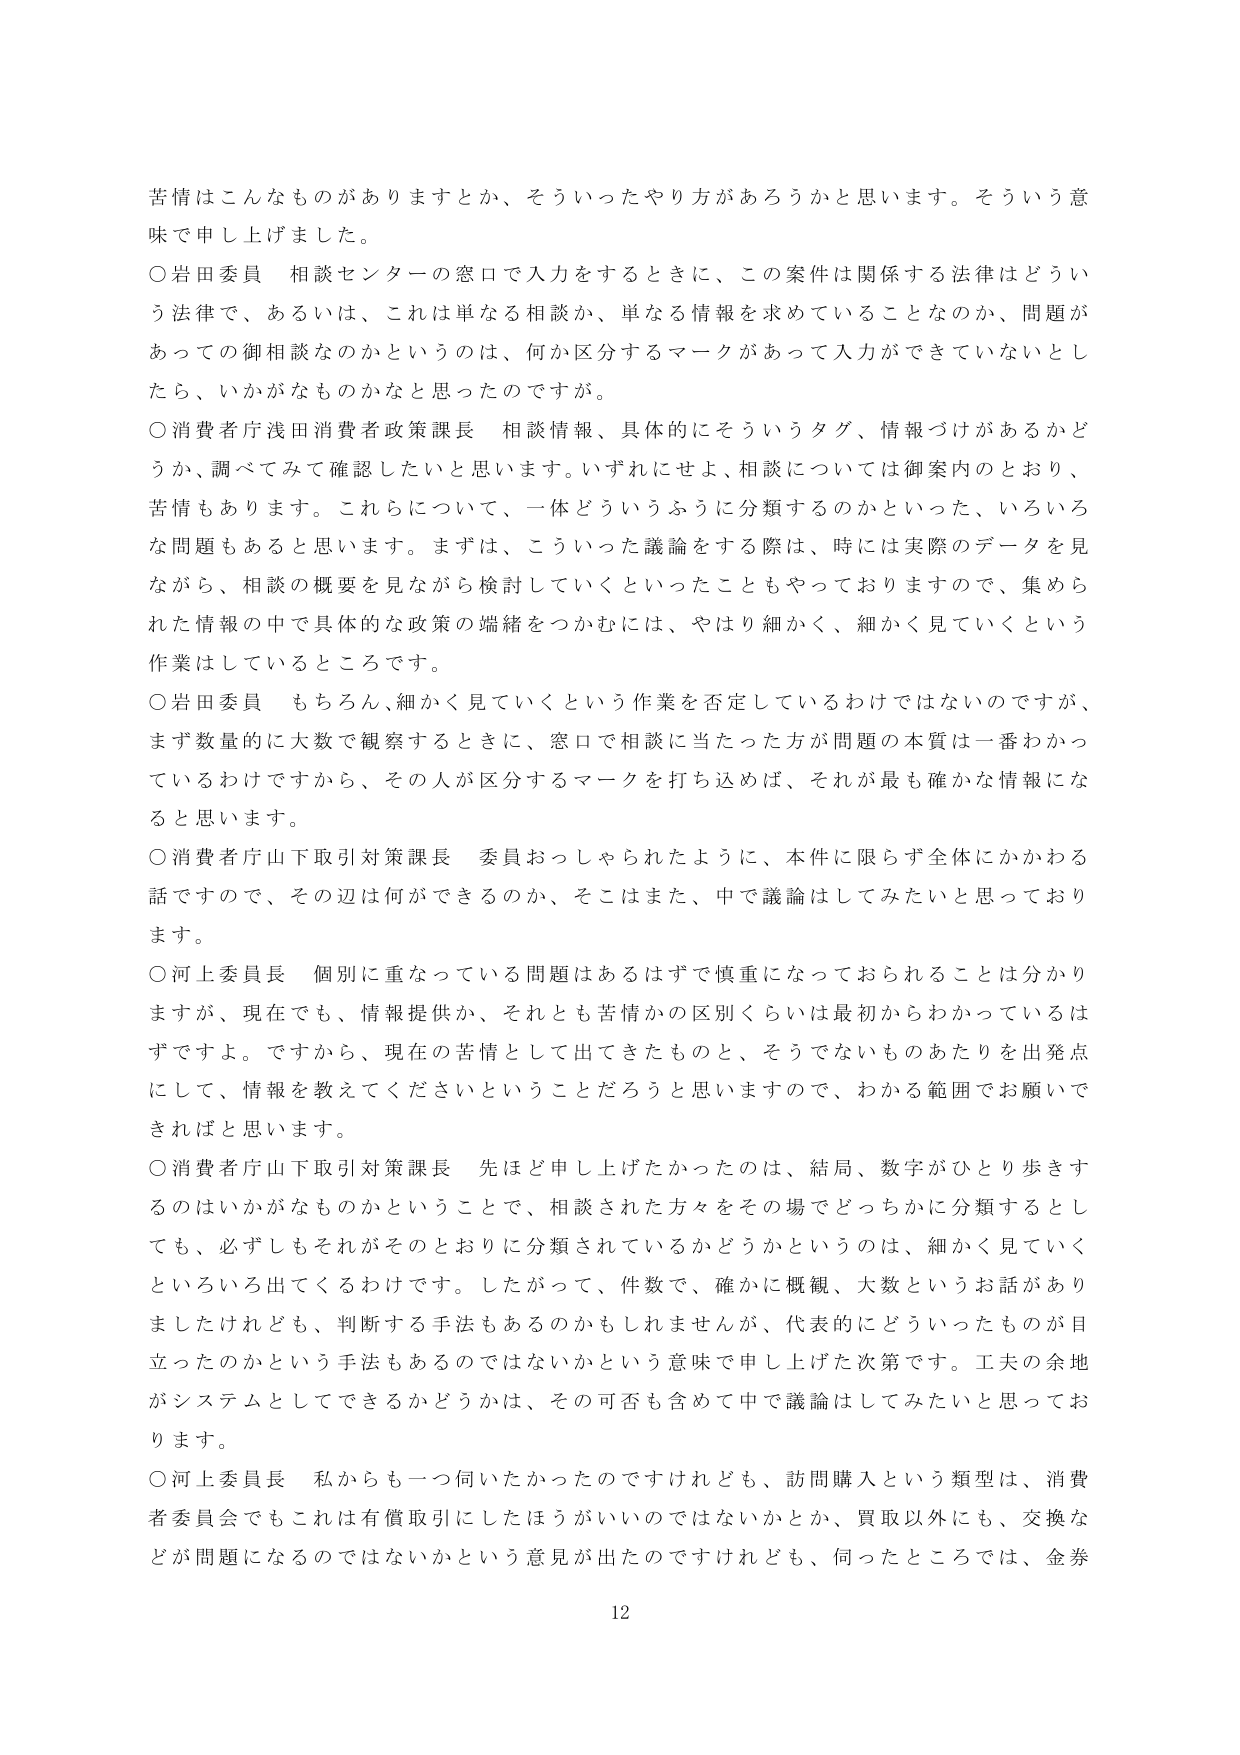
苦情はこんなものがありますとか、そういったやり方があろうかと思います。そういう意味で申し上げました。

○岩田委員　相談センターの窓口で入力をするときに、この案件は関係する法律はどういう法律で、あるいは、これは単なる相談か、単なる情報を求めていることなのか、問題があっての御相談なのかというのは、何か区分するマークがあって入力ができていないとしたら、いかがなものかなと思ったのですが。

○消費者庁浅田消費者政策課長　相談情報、具体的にそういうタグ、情報づけがあるかどうか、調べてみて確認したいと思います。いずれにせよ、相談については御案内のとおり、苦情もあります。これらについて、一体どういうふうに分類するのかといった、いろいろな問題もあると思います。まずは、こういった議論をする際は、時には実際のデータを見ながら、相談の概要を見ながら検討していくといったこともやっておりますので、集められた情報の中で具体的な政策の端緒をつかむには、やはり細かく、細かく見ていくという作業はしているところです。

○岩田委員　もちろん、細かく見ていくという作業を否定しているわけではないのですが、まず数量的に大数で観察するときに、窓口で相談に当たった方が問題の本質は一番わかっているわけですから、その人が区分するマークを打ち込めば、それが最も確かな情報になると思います。

○消費者庁山下取引対策課長　委員おっしゃられたように、本件に限らず全体にかかわる話ですので、その辺は何ができるのか、そこはまた、中で議論はしてみたいと思っております。

○河上委員長　個別に重なっている問題はあるはずで慎重になっておられることは分かりますが、現在でも、情報提供か、それとも苦情かの区別くらいは最初からわかっているはずですよ。ですから、現在の苦情として出てきたものと、そうでないものあたりを出発点にして、情報を教えてくださいということだろうと思いますので、わかる範囲でお願いできればと思います。

○消費者庁山下取引対策課長　先ほど申し上げたかったのは、結局、数字がひとり歩きするのはいかがなものかということで、相談された方々をその場でどっちかに分類するとしても、必ずしもそれがそのとおりに分類されているかどうかというのは、細かく見ていくといろいろ出てくるわけです。したがって、件数で、確かに概観、大数というお話がありましたけれども、判断する手法もあるのかもしれませんが、代表的にどういったものが目立ったのかという手法もあるのではないかという意味で申し上げた次第です。工夫の余地がシステムとしてできるかどうかは、その可否も含めて中で議論はしてみたいと思っております。

○河上委員長　私からも一つ伺いたかったのですけれども、訪問購入という類型は、消費者委員会でもこれは有償取引にしたほうがいいのではないかとか、買取以外にも、交換などが問題になるのではないかという意見が出たのですけれども、何ったところでは、金券

12